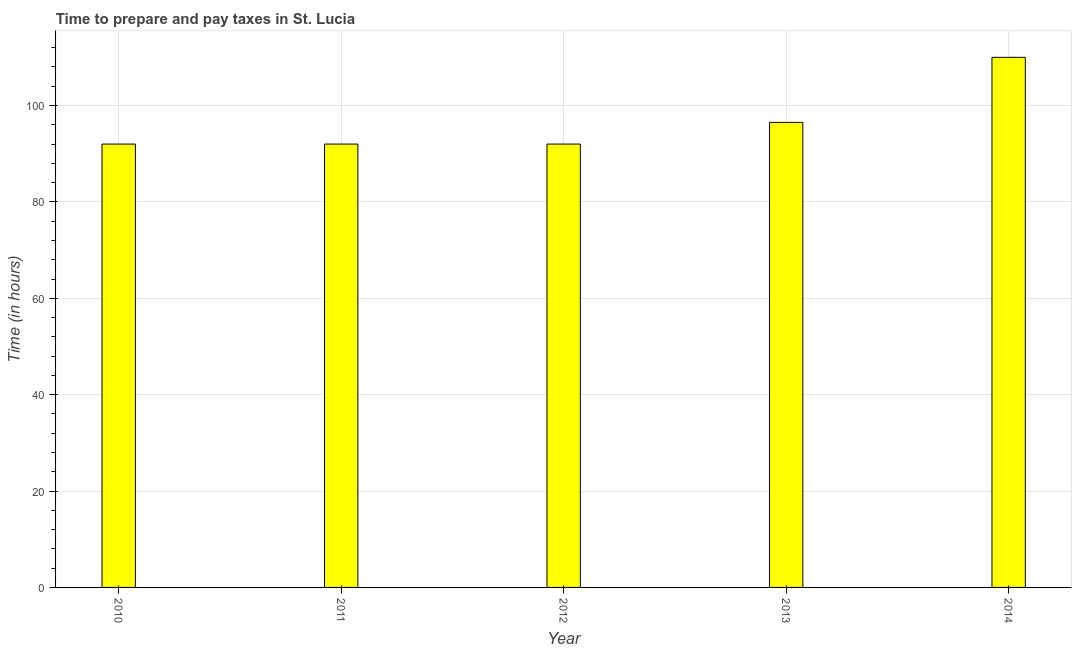
| Year | Time to prepare and pay taxes |
 | --- | --- |
 | 2010 | 92 |
 | 2011 | 92 |
 | 2012 | 92 |
 | 2013 | 96.5 |
 | 2014 | 110 |